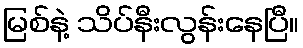
မြစ်နဲ့ သိပ်နီးလွန်းနေပြီ။